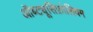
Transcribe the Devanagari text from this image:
ऑब्ट्यूसिफ़ोलियम